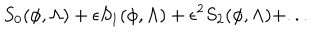
S _ { 0 } ( \phi , \Lambda ) + \epsilon S _ { 1 } ( \phi , \Lambda ) + \epsilon ^ { 2 } S _ { 2 } ( \phi , \Lambda ) + . . .